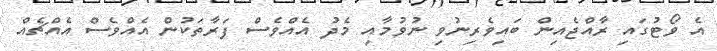
އެ ވޯޓުގައި ރާއްޖެއިން ބައިވެރިނުވި ނުވުމާއި މެދު އެއްވެސް ފަރާތަކުން އެއްވެސް އެއްޗެއް